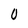
Character: 0